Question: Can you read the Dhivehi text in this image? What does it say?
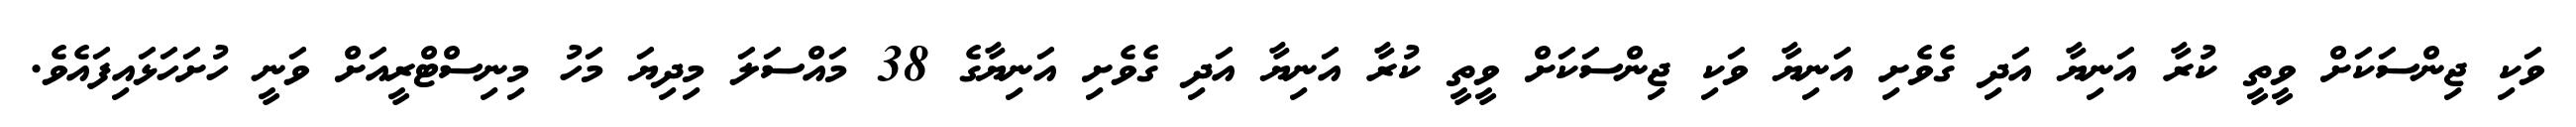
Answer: ވަކި ޖިންސަކަށް ވީތީ ކުރާ އަނިޔާ އަދި ގެވެށި އަނިޔާ ވަކި ޖިންސަކަށް ވީތީ ކުރާ އަނިޔާ އަދި ގެވެށި އަނިޔާގެ 38 މައްސަލަ މިދިޔަ މަހު މިނިސްޓްރީއަށް ވަނީ ހުށަހަޅައިފައެވެ.